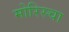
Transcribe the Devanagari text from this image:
मोरिस्चा